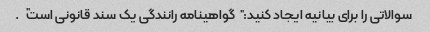
سوالاتی را برای بیانیه ایجاد کنید: "گواهینامه رانندگی یک سند قانونی است".